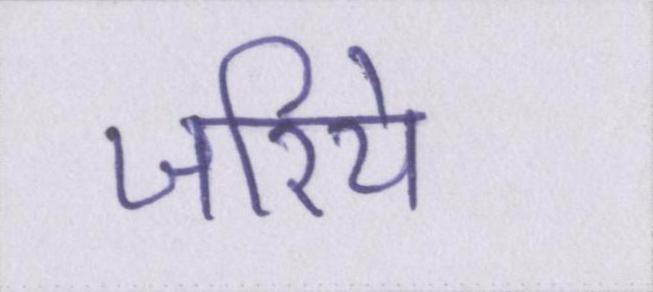
जरिये